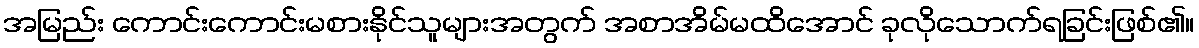
အမြည်း ကောင်းကောင်းမစားနိုင်သူများအတွက် အစာအိမ်မထိအောင် ခုလိုသောက်ရခြင်းဖြစ်၏။